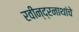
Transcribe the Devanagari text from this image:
रवीन्द्रनाथांचे